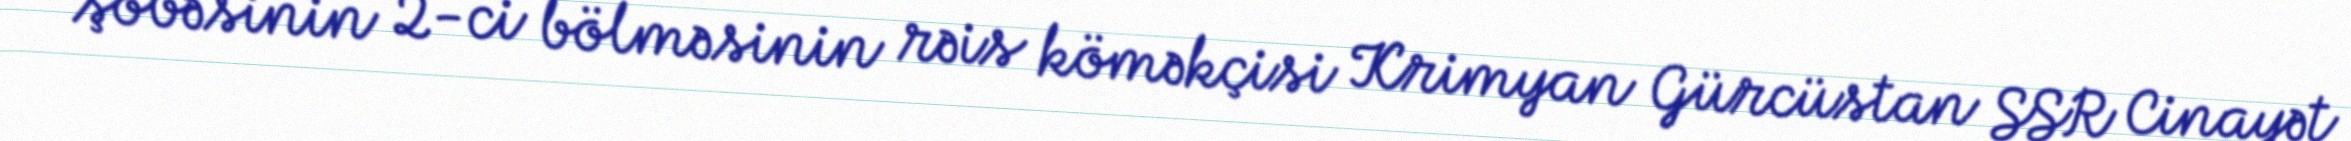
şöbəsinin 2-ci bölməsinin rəis köməkçisi Krimyan Gürcüstan SSR Cinayət